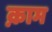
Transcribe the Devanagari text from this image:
क़ाम